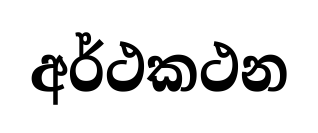
අර්ථකථන